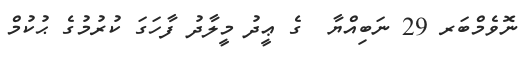
ނޮވެމްބަރ 29 ނަބިއްޔާ  ގެ ޢީދު މީލާދު ފާހަގަ ކުރުމުގެ ޙުކުމް